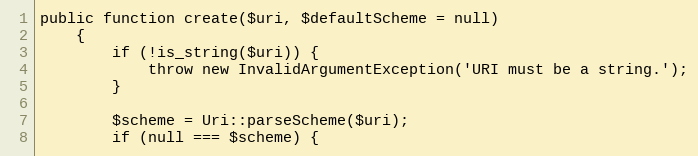
Language: PHP
public function create($uri, $defaultScheme = null)
    {
        if (!is_string($uri)) {
            throw new InvalidArgumentException('URI must be a string.');
        }

        $scheme = Uri::parseScheme($uri);
        if (null === $scheme) {